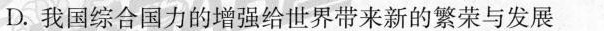
D.我国综合国力的增强给世界带来新的繁荣与发展